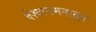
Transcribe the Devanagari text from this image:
वेश्यागमनातून